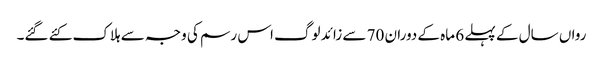
رواں سال کے پہلے 6 ماہ کے دوران 70 سے زائد لوگ اس رسم کی وجہ سے ہلاک کئے گئے۔